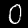
Digit: 0